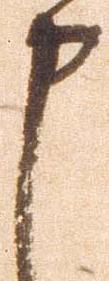
申